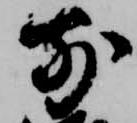
前